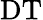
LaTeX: \mathrm{DT}